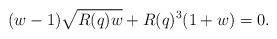
LaTeX: \begin{align*}(w-1)\sqrt{R(q)w}+R(q)^3(1+w)=0.\end{align*}